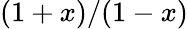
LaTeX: (1+x)/(1-x)